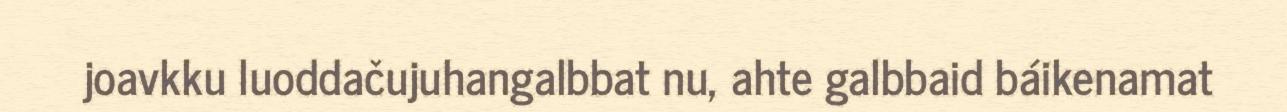
joavkku luoddačujuhangalbbat nu, ahte galbbaid báikenamat